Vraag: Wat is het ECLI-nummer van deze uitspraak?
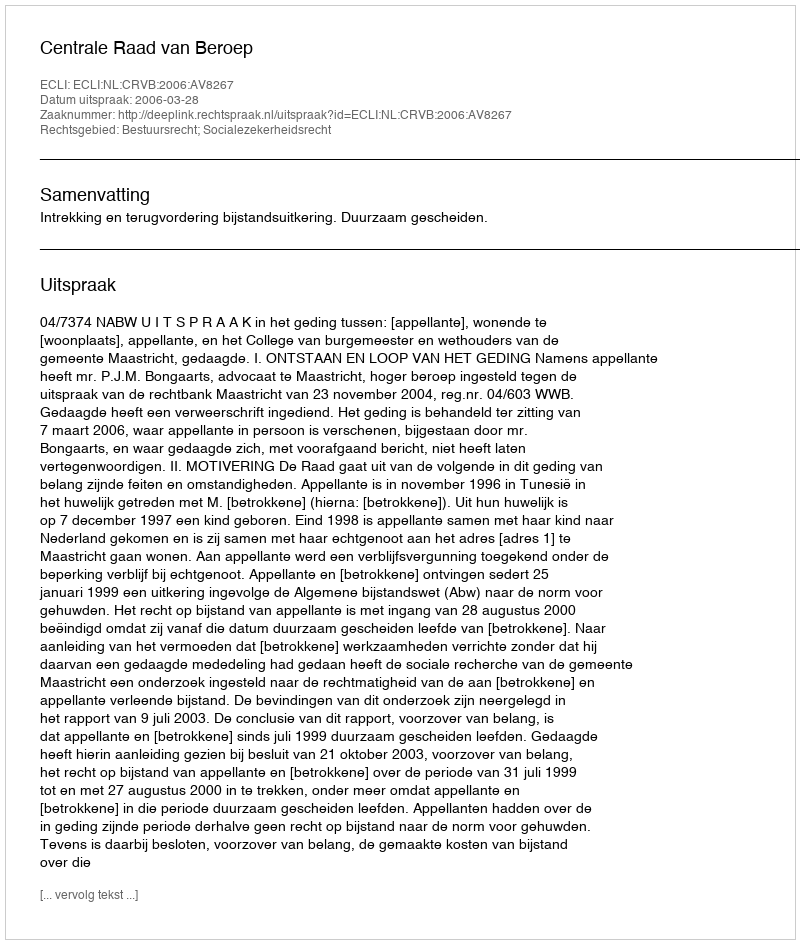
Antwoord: ECLI:NL:CRVB:2006:AV8267